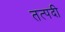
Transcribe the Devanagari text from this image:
तत्पदी